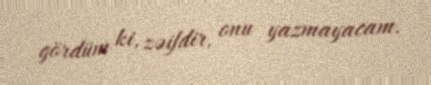
gördüm ki, zəifdir, onu yazmayacam.